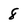
Character: 8